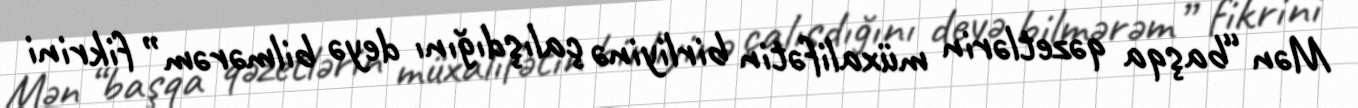
Mən “başqa qəzetlərin müxalifətin birliyinə çalışdığını deyə bilmərəm” fikrini